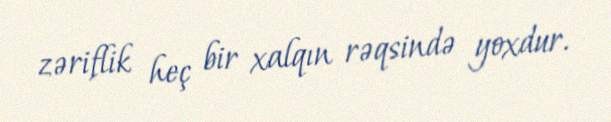
zəriflik heç bir xalqın rəqsində yoxdur.